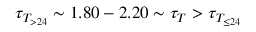
\tau _ { T _ { > 2 4 } } \sim 1 . 8 0 - 2 . 2 0 \sim \tau _ { T } > \tau _ { T _ { \le 2 4 } }